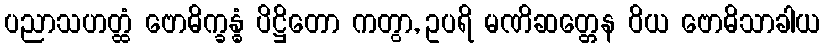
ပညာသဟတ္ထံ ဗောဓိက္ခန္ဓံ ပိဋ္ဌိတော ကတွာ, ဥပရိ မဏိဆတ္တေန ဝိယ ဗောဓိသာခါယ